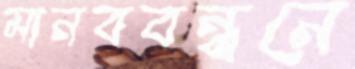
মানববন্ধনে